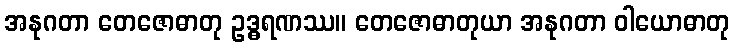
အနုဂတာ တေဇောဓာတု ဥဒ္ဓရဏဿ။ တေဇောဓာတုယာ အနုဂတာ ဝါယောဓာတု